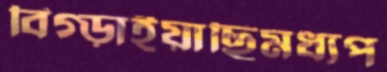
বিগ্‌ড়াইয়াছিমধ্যপ